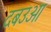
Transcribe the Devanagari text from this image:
दबउआ